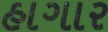
હાગાર